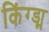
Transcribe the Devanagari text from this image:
किंग्ड्म